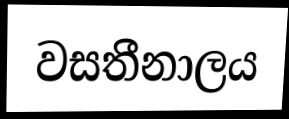
වසතීනාලය